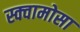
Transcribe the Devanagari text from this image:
स्क्वामोसा